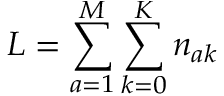
L = \sum _ { a = 1 } ^ { M } \sum _ { k = 0 } ^ { K } n _ { a k }